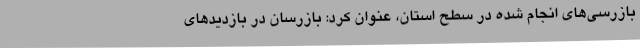
بازرسی‌های انجام شده در سطح استان، عنوان کرد: بازرسان در بازدیدهای